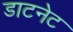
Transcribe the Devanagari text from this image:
डाटनेट